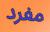
مفرد